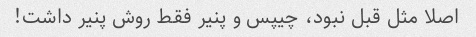
اصلا مثل قبل نبود، چیپس و پنیر فقط روش پنیر داشت!